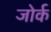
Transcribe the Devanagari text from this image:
जोर्क